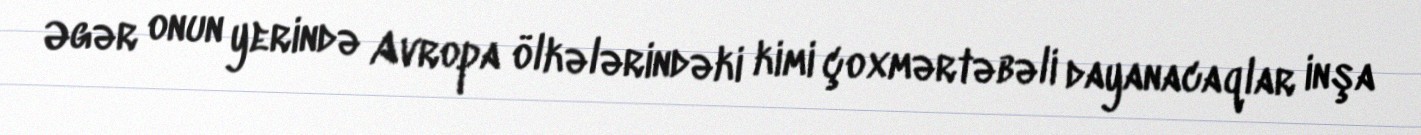
Əgər onun yerində Avropa ölkələrindəki kimi çoxmərtəbəli dayanacaqlar inşa